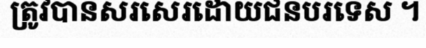
ត្រូវបានសរសេរដោយជនបរទេស ។